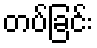
တပ်ခြင်း